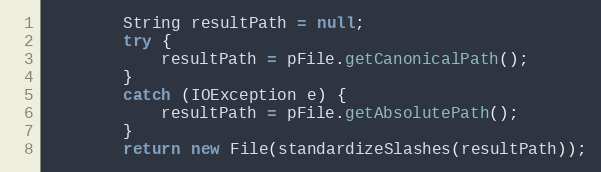
Language: Java
        String resultPath = null;
        try {
            resultPath = pFile.getCanonicalPath();
        }
        catch (IOException e) {
            resultPath = pFile.getAbsolutePath();
        }
        return new File(standardizeSlashes(resultPath));